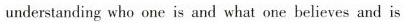
understanding who one is and what one believes and is